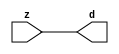

//------> ./rtl_mgc_ioport.v 
//------------------------------------------------------------------
//                M G C _ I O P O R T _ C O M P S
//------------------------------------------------------------------

//------------------------------------------------------------------
//                       M O D U L E S
//------------------------------------------------------------------

//------------------------------------------------------------------
//-- INPUT ENTITIES
//------------------------------------------------------------------

module mgc_in_wire (d, z);

  parameter integer rscid = 1;
  parameter integer width = 8;

  output [width-1:0] d;
  input  [width-1:0] z;

  wire   [width-1:0] d;

  assign d = z;

endmodule

//------------------------------------------------------------------

module mgc_in_wire_en (ld, d, lz, z);

  parameter integer rscid = 1;
  parameter integer width = 8;

  input              ld;
  output [width-1:0] d;
  output             lz;
  input  [width-1:0] z;

  wire   [width-1:0] d;
  wire               lz;

  assign d = z;
  assign lz = ld;

endmodule

//------------------------------------------------------------------

module mgc_in_wire_wait (ld, vd, d, lz, vz, z);

  parameter integer rscid = 1;
  parameter integer width = 8;

  input              ld;
  output             vd;
  output [width-1:0] d;
  output             lz;
  input              vz;
  input  [width-1:0] z;

  wire               vd;
  wire   [width-1:0] d;
  wire               lz;

  assign d = z;
  assign lz = ld;
  assign vd = vz;

endmodule
//------------------------------------------------------------------

module mgc_chan_in (ld, vd, d, lz, vz, z, size, req_size, sizez, sizelz);

  parameter integer rscid = 1;
  parameter integer width = 8;
  parameter integer sz_width = 8;

  input              ld;
  output             vd;
  output [width-1:0] d;
  output             lz;
  input              vz;
  input  [width-1:0] z;
  output [sz_width-1:0] size;
  input              req_size;
  input  [sz_width-1:0] sizez;
  output             sizelz;


  wire               vd;
  wire   [width-1:0] d;
  wire               lz;
  wire   [sz_width-1:0] size;
  wire               sizelz;

  assign d = z;
  assign lz = ld;
  assign vd = vz;
  assign size = sizez;
  assign sizelz = req_size;

endmodule


//------------------------------------------------------------------
//-- OUTPUT ENTITIES
//------------------------------------------------------------------

module mgc_out_stdreg (d, z);

  parameter integer rscid = 1;
  parameter integer width = 8;

  input    [width-1:0] d;
  output   [width-1:0] z;

  wire     [width-1:0] z;

  assign z = d;

endmodule

//------------------------------------------------------------------

module mgc_out_stdreg_en (ld, d, lz, z);

  parameter integer rscid = 1;
  parameter integer width = 8;

  input              ld;
  input  [width-1:0] d;
  output             lz;
  output [width-1:0] z;

  wire               lz;
  wire   [width-1:0] z;

  assign z = d;
  assign lz = ld;

endmodule

//------------------------------------------------------------------

module mgc_out_stdreg_wait (ld, vd, d, lz, vz, z);

  parameter integer rscid = 1;
  parameter integer width = 8;

  input              ld;
  output             vd;
  input  [width-1:0] d;
  output             lz;
  input              vz;
  output [width-1:0] z;

  wire               vd;
  wire               lz;
  wire   [width-1:0] z;

  assign z = d;
  assign lz = ld;
  assign vd = vz;

endmodule

//------------------------------------------------------------------

module mgc_out_prereg_en (ld, d, lz, z);

    parameter integer rscid = 1;
    parameter integer width = 8;

    input              ld;
    input  [width-1:0] d;
    output             lz;
    output [width-1:0] z;

    wire               lz;
    wire   [width-1:0] z;

    assign z = d;
    assign lz = ld;

endmodule

//------------------------------------------------------------------
//-- INOUT ENTITIES
//------------------------------------------------------------------

module mgc_inout_stdreg_en (ldin, din, ldout, dout, lzin, lzout, z);

    parameter integer rscid = 1;
    parameter integer width = 8;

    input              ldin;
    output [width-1:0] din;
    input              ldout;
    input  [width-1:0] dout;
    output             lzin;
    output             lzout;
    inout  [width-1:0] z;

    wire   [width-1:0] din;
    wire               lzin;
    wire               lzout;
    wire   [width-1:0] z;

    assign lzin = ldin;
    assign din = ldin ? z : {width{1'bz}};
    assign lzout = ldout;
    assign z = ldout ? dout : {width{1'bz}};

endmodule

//------------------------------------------------------------------
module hid_tribuf( I_SIG, ENABLE, O_SIG);
  parameter integer width = 8;

  input [width-1:0] I_SIG;
  input ENABLE;
  inout [width-1:0] O_SIG;

  assign O_SIG = (ENABLE) ? I_SIG : { width{1'bz}};

endmodule
//------------------------------------------------------------------

module mgc_inout_stdreg_wait (ldin, vdin, din, ldout, vdout, dout, lzin, vzin, lzout, vzout, z);

    parameter integer rscid = 1;
    parameter integer width = 8;

    input              ldin;
    output             vdin;
    output [width-1:0] din;
    input              ldout;
    output             vdout;
    input  [width-1:0] dout;
    output             lzin;
    input              vzin;
    output             lzout;
    input              vzout;
    inout  [width-1:0] z;

    wire               vdin;
    wire   [width-1:0] din;
    wire               vdout;
    wire               lzin;
    wire               lzout;
    wire   [width-1:0] z;
    wire   ldout_and_vzout;

    assign lzin = ldin;
    assign vdin = vzin;
    assign din = ldin ? z : {width{1'bz}};
    assign lzout = ldout;
    assign vdout = vzout ;
    assign ldout_and_vzout = ldout && vzout ;

    hid_tribuf #(width) tb( .I_SIG(dout),
                            .ENABLE(ldout_and_vzout),
                            .O_SIG(z) );

endmodule

//------------------------------------------------------------------

module mgc_inout_buf_wait (clk, en, arst, srst, ldin, vdin, din, ldout, vdout, dout, lzin, vzin, lzout, vzout, z);

    parameter integer rscid   = 0; // resource ID
    parameter integer width   = 8; // fifo width
    parameter         ph_clk  =  1'b1; // clock polarity 1=rising edge, 0=falling edge
    parameter         ph_en   =  1'b1; // clock enable polarity
    parameter         ph_arst =  1'b1; // async reset polarity
    parameter         ph_srst =  1'b1; // sync reset polarity

    input              clk;
    input              en;
    input              arst;
    input              srst;
    input              ldin;
    output             vdin;
    output [width-1:0] din;
    input              ldout;
    output             vdout;
    input  [width-1:0] dout;
    output             lzin;
    input              vzin;
    output             lzout;
    input              vzout;
    inout  [width-1:0] z;

    wire               lzout_buf;
    wire               vzout_buf;
    wire   [width-1:0] z_buf;
    wire               vdin;
    wire   [width-1:0] din;
    wire               vdout;
    wire               lzin;
    wire               lzout;
    wire   [width-1:0] z;

    assign lzin = ldin;
    assign vdin = vzin;
    assign din = ldin ? z : {width{1'bz}};
    assign lzout = lzout_buf & ~ldin;
    assign vzout_buf = vzout & ~ldin;
    hid_tribuf #(width) tb( .I_SIG(z_buf),
                            .ENABLE((lzout_buf && (!ldin) && vzout) ),
                            .O_SIG(z)  );

    mgc_out_buf_wait
    #(
        .rscid   (rscid),
        .width   (width),
        .ph_clk  (ph_clk),
        .ph_en   (ph_en),
        .ph_arst (ph_arst),
        .ph_srst (ph_srst)
    )
    BUFF
    (
        .clk     (clk),
        .en      (en),
        .arst    (arst),
        .srst    (srst),
        .ld      (ldout),
        .vd      (vdout),
        .d       (dout),
        .lz      (lzout_buf),
        .vz      (vzout_buf),
        .z       (z_buf)
    );


endmodule

module mgc_inout_fifo_wait (clk, en, arst, srst, ldin, vdin, din, ldout, vdout, dout, lzin, vzin, lzout, vzout, z);

    parameter integer rscid   = 0; // resource ID
    parameter integer width   = 8; // fifo width
    parameter integer fifo_sz = 8; // fifo depth
    parameter         ph_clk  = 1'b1;  // clock polarity 1=rising edge, 0=falling edge
    parameter         ph_en   = 1'b1;  // clock enable polarity
    parameter         ph_arst = 1'b1;  // async reset polarity
    parameter         ph_srst = 1'b1;  // sync reset polarity
    parameter integer ph_log2 = 3;     // log2(fifo_sz)
    parameter integer pwropt  = 0;     // pwropt

    input              clk;
    input              en;
    input              arst;
    input              srst;
    input              ldin;
    output             vdin;
    output [width-1:0] din;
    input              ldout;
    output             vdout;
    input  [width-1:0] dout;
    output             lzin;
    input              vzin;
    output             lzout;
    input              vzout;
    inout  [width-1:0] z;

    wire               lzout_buf;
    wire               vzout_buf;
    wire   [width-1:0] z_buf;
    wire               comb;
    wire               vdin;
    wire   [width-1:0] din;
    wire               vdout;
    wire               lzin;
    wire               lzout;
    wire   [width-1:0] z;

    assign lzin = ldin;
    assign vdin = vzin;
    assign din = ldin ? z : {width{1'bz}};
    assign lzout = lzout_buf & ~ldin;
    assign vzout_buf = vzout & ~ldin;
    assign comb = (lzout_buf && (!ldin) && vzout);

    hid_tribuf #(width) tb2( .I_SIG(z_buf), .ENABLE(comb), .O_SIG(z)  );

    mgc_out_fifo_wait
    #(
        .rscid   (rscid),
        .width   (width),
        .fifo_sz (fifo_sz),
        .ph_clk  (ph_clk),
        .ph_en   (ph_en),
        .ph_arst (ph_arst),
        .ph_srst (ph_srst),
        .ph_log2 (ph_log2),
        .pwropt  (pwropt)
    )
    FIFO
    (
        .clk   (clk),
        .en      (en),
        .arst    (arst),
        .srst    (srst),
        .ld      (ldout),
        .vd      (vdout),
        .d       (dout),
        .lz      (lzout_buf),
        .vz      (vzout_buf),
        .z       (z_buf)
    );

endmodule

//------------------------------------------------------------------
//-- I/O SYNCHRONIZATION ENTITIES
//------------------------------------------------------------------

module mgc_io_sync (ld, lz);

    input  ld;
    output lz;

    assign lz = ld;

endmodule

module mgc_bsync_rdy (rd, rz);

    parameter integer rscid   = 0; // resource ID
    parameter ready = 1;
    parameter valid = 0;

    input  rd;
    output rz;

    wire   rz;

    assign rz = rd;

endmodule

module mgc_bsync_vld (vd, vz);

    parameter integer rscid   = 0; // resource ID
    parameter ready = 0;
    parameter valid = 1;

    output vd;
    input  vz;

    wire   vd;

    assign vd = vz;

endmodule

module mgc_bsync_rv (rd, vd, rz, vz);

    parameter integer rscid   = 0; // resource ID
    parameter ready = 1;
    parameter valid = 1;

    input  rd;
    output vd;
    output rz;
    input  vz;

    wire   vd;
    wire   rz;

    assign rz = rd;
    assign vd = vz;

endmodule

//------------------------------------------------------------------

module mgc_sync (ldin, vdin, ldout, vdout);

  input  ldin;
  output vdin;
  input  ldout;
  output vdout;

  wire   vdin;
  wire   vdout;

  assign vdin = ldout;
  assign vdout = ldin;

endmodule

///////////////////////////////////////////////////////////////////////////////
// dummy function used to preserve funccalls for modulario
// it looks like a memory read to the caller
///////////////////////////////////////////////////////////////////////////////
module funccall_inout (d, ad, bd, z, az, bz);

  parameter integer ram_id = 1;
  parameter integer width = 8;
  parameter integer addr_width = 8;

  output [width-1:0]       d;
  input  [addr_width-1:0]  ad;
  input                    bd;
  input  [width-1:0]       z;
  output [addr_width-1:0]  az;
  output                   bz;

  wire   [width-1:0]       d;
  wire   [addr_width-1:0]  az;
  wire                     bz;

  assign d  = z;
  assign az = ad;
  assign bz = bd;

endmodule


///////////////////////////////////////////////////////////////////////////////
// inlinable modular io not otherwise found in mgc_ioport
///////////////////////////////////////////////////////////////////////////////

module modulario_en_in (vd, d, vz, z);

  parameter integer rscid = 1;
  parameter integer width = 8;

  output             vd;
  output [width-1:0] d;
  input              vz;
  input  [width-1:0] z;

  wire   [width-1:0] d;
  wire               vd;

  assign d = z;
  assign vd = vz;

endmodule

//------> ./rtl_mgc_ioport_v2001.v 
//------------------------------------------------------------------

module mgc_out_reg_pos (clk, en, arst, srst, ld, d, lz, z);

    parameter integer rscid   = 1;
    parameter integer width   = 8;
    parameter         ph_en   =  1'b1;
    parameter         ph_arst =  1'b1;
    parameter         ph_srst =  1'b1;

    input              clk;
    input              en;
    input              arst;
    input              srst;
    input              ld;
    input  [width-1:0] d;
    output             lz;
    output [width-1:0] z;

    reg                lz;
    reg    [width-1:0] z;

    generate
    if (ph_arst == 1'b0)
    begin: NEG_ARST
        always @(posedge clk or negedge arst)
        if (arst == 1'b0)
        begin: B1
            lz <= 1'b0;
            z  <= {width{1'b0}};
        end
        else if (srst == ph_srst)
        begin: B2
            lz <= 1'b0;
            z  <= {width{1'b0}};
        end
        else if (en == ph_en)
        begin: B3
            lz <= ld;
            z  <= (ld) ? d : z;
        end
    end
    else
    begin: POS_ARST
        always @(posedge clk or posedge arst)
        if (arst == 1'b1)
        begin: B1
            lz <= 1'b0;
            z  <= {width{1'b0}};
        end
        else if (srst == ph_srst)
        begin: B2
            lz <= 1'b0;
            z  <= {width{1'b0}};
        end
        else if (en == ph_en)
        begin: B3
            lz <= ld;
            z  <= (ld) ? d : z;
        end
    end
    endgenerate

endmodule

//------------------------------------------------------------------

module mgc_out_reg_neg (clk, en, arst, srst, ld, d, lz, z);

    parameter integer rscid   = 1;
    parameter integer width   = 8;
    parameter         ph_en   =  1'b1;
    parameter         ph_arst =  1'b1;
    parameter         ph_srst =  1'b1;

    input              clk;
    input              en;
    input              arst;
    input              srst;
    input              ld;
    input  [width-1:0] d;
    output             lz;
    output [width-1:0] z;

    reg                lz;
    reg    [width-1:0] z;

    generate
    if (ph_arst == 1'b0)
    begin: NEG_ARST
        always @(negedge clk or negedge arst)
        if (arst == 1'b0)
        begin: B1
            lz <= 1'b0;
            z  <= {width{1'b0}};
        end
        else if (srst == ph_srst)
        begin: B2
            lz <= 1'b0;
            z  <= {width{1'b0}};
        end
        else if (en == ph_en)
        begin: B3
            lz <= ld;
            z  <= (ld) ? d : z;
        end
    end
    else
    begin: POS_ARST
        always @(negedge clk or posedge arst)
        if (arst == 1'b1)
        begin: B1
            lz <= 1'b0;
            z  <= {width{1'b0}};
        end
        else if (srst == ph_srst)
        begin: B2
            lz <= 1'b0;
            z  <= {width{1'b0}};
        end
        else if (en == ph_en)
        begin: B3
            lz <= ld;
            z  <= (ld) ? d : z;
        end
    end
    endgenerate

endmodule

//------------------------------------------------------------------

module mgc_out_reg (clk, en, arst, srst, ld, d, lz, z); // Not Supported

    parameter integer rscid   = 1;
    parameter integer width   = 8;
    parameter         ph_clk  =  1'b1;
    parameter         ph_en   =  1'b1;
    parameter         ph_arst =  1'b1;
    parameter         ph_srst =  1'b1;

    input              clk;
    input              en;
    input              arst;
    input              srst;
    input              ld;
    input  [width-1:0] d;
    output             lz;
    output [width-1:0] z;


    generate
    if (ph_clk == 1'b0)
    begin: NEG_EDGE

        mgc_out_reg_neg
        #(
            .rscid   (rscid),
            .width   (width),
            .ph_en   (ph_en),
            .ph_arst (ph_arst),
            .ph_srst (ph_srst)
        )
        mgc_out_reg_neg_inst
        (
            .clk     (clk),
            .en      (en),
            .arst    (arst),
            .srst    (srst),
            .ld      (ld),
            .d       (d),
            .lz      (lz),
            .z       (z)
        );

    end
    else
    begin: POS_EDGE

        mgc_out_reg_pos
        #(
            .rscid   (rscid),
            .width   (width),
            .ph_en   (ph_en),
            .ph_arst (ph_arst),
            .ph_srst (ph_srst)
        )
        mgc_out_reg_pos_inst
        (
            .clk     (clk),
            .en      (en),
            .arst    (arst),
            .srst    (srst),
            .ld      (ld),
            .d       (d),
            .lz      (lz),
            .z       (z)
        );

    end
    endgenerate

endmodule




//------------------------------------------------------------------

module mgc_out_buf_wait (clk, en, arst, srst, ld, vd, d, vz, lz, z); // Not supported

    parameter integer rscid   = 1;
    parameter integer width   = 8;
    parameter         ph_clk  =  1'b1;
    parameter         ph_en   =  1'b1;
    parameter         ph_arst =  1'b1;
    parameter         ph_srst =  1'b1;

    input              clk;
    input              en;
    input              arst;
    input              srst;
    input              ld;
    output             vd;
    input  [width-1:0] d;
    output             lz;
    input              vz;
    output [width-1:0] z;

    wire               filled;
    wire               filled_next;
    wire   [width-1:0] abuf;
    wire               lbuf;


    assign filled_next = (filled & (~vz)) | (filled & ld) | (ld & (~vz));

    assign lbuf = ld & ~(filled ^ vz);

    assign vd = vz | ~filled;

    assign lz = ld | filled;

    assign z = (filled) ? abuf : d;

    wire dummy;
    wire dummy_bufreg_lz;

    // Output registers:
    mgc_out_reg
    #(
        .rscid   (rscid),
        .width   (1'b1),
        .ph_clk  (ph_clk),
        .ph_en   (ph_en),
        .ph_arst (ph_arst),
        .ph_srst (ph_srst)
    )
    STATREG
    (
        .clk     (clk),
        .en      (en),
        .arst    (arst),
        .srst    (srst),
        .ld      (filled_next),
        .d       (1'b0),       // input d is unused
        .lz      (filled),
        .z       (dummy)            // output z is unused
    );

    mgc_out_reg
    #(
        .rscid   (rscid),
        .width   (width),
        .ph_clk  (ph_clk),
        .ph_en   (ph_en),
        .ph_arst (ph_arst),
        .ph_srst (ph_srst)
    )
    BUFREG
    (
        .clk     (clk),
        .en      (en),
        .arst    (arst),
        .srst    (srst),
        .ld      (lbuf),
        .d       (d),
        .lz      (dummy_bufreg_lz),
        .z       (abuf)
    );

endmodule

//------------------------------------------------------------------

module mgc_out_fifo_wait (clk, en, arst, srst, ld, vd, d, lz, vz,  z);

    parameter integer rscid   = 0; // resource ID
    parameter integer width   = 8; // fifo width
    parameter integer fifo_sz = 8; // fifo depth
    parameter         ph_clk  = 1'b1; // clock polarity 1=rising edge, 0=falling edge
    parameter         ph_en   = 1'b1; // clock enable polarity
    parameter         ph_arst = 1'b1; // async reset polarity
    parameter         ph_srst = 1'b1; // sync reset polarity
    parameter integer ph_log2 = 3; // log2(fifo_sz)
    parameter integer pwropt  = 0; // pwropt


    input                 clk;
    input                 en;
    input                 arst;
    input                 srst;
    input                 ld;    // load data
    output                vd;    // fifo full active low
    input     [width-1:0] d;
    output                lz;    // fifo ready to send
    input                 vz;    // dest ready for data
    output    [width-1:0] z;

    wire    [31:0]      size;


      // Output registers:
 mgc_out_fifo_wait_core#(
        .rscid   (rscid),
        .width   (width),
        .sz_width (32),
        .fifo_sz (fifo_sz),
        .ph_clk  (ph_clk),
        .ph_en   (ph_en),
        .ph_arst (ph_arst),
        .ph_srst (ph_srst),
        .ph_log2 (ph_log2),
        .pwropt  (pwropt)
        ) CORE (
        .clk (clk),
        .en (en),
        .arst (arst),
        .srst (srst),
        .ld (ld),
        .vd (vd),
        .d (d),
        .lz (lz),
        .vz (vz),
        .z (z),
        .size (size)
        );

endmodule



module mgc_out_fifo_wait_core (clk, en, arst, srst, ld, vd, d, lz, vz,  z, size);

    parameter integer rscid   = 0; // resource ID
    parameter integer width   = 8; // fifo width
    parameter integer sz_width = 8; // size of port for elements in fifo
    parameter integer fifo_sz = 8; // fifo depth
    parameter         ph_clk  =  1'b1; // clock polarity 1=rising edge, 0=falling edge
    parameter         ph_en   =  1'b1; // clock enable polarity
    parameter         ph_arst =  1'b1; // async reset polarity
    parameter         ph_srst =  1'b1; // sync reset polarity
    parameter integer ph_log2 = 3; // log2(fifo_sz)
    parameter integer pwropt  = 0; // pwropt

   localparam integer  fifo_b = width * fifo_sz;

    input                 clk;
    input                 en;
    input                 arst;
    input                 srst;
    input                 ld;    // load data
    output                vd;    // fifo full active low
    input     [width-1:0] d;
    output                lz;    // fifo ready to send
    input                 vz;    // dest ready for data
    output    [width-1:0] z;
    output    [sz_width-1:0]      size;

    reg      [( (fifo_sz > 0) ? fifo_sz : 1)-1:0] stat_pre;
    wire     [( (fifo_sz > 0) ? fifo_sz : 1)-1:0] stat;
    reg      [( (fifo_b > 0) ? fifo_b : 1)-1:0] buff_pre;
    wire     [( (fifo_b > 0) ? fifo_b : 1)-1:0] buff;
    reg      [( (fifo_sz > 0) ? fifo_sz : 1)-1:0] en_l;
    reg      [(((fifo_sz > 0) ? fifo_sz : 1)-1)/8:0] en_l_s;

    reg       [width-1:0] buff_nxt;

    reg                   stat_nxt;
    reg                   stat_before;
    reg                   stat_after;
    reg                   en_l_var;

    integer               i;
    genvar                eni;

    wire [32:0]           size_t;
    reg [31:0]            count;
    reg [31:0]            count_t;
    reg [32:0]            n_elem;
// pragma translate_off
    reg [31:0]            peak;
// pragma translate_on

    wire [( (fifo_sz > 0) ? fifo_sz : 1)-1:0] dummy_statreg_lz;
    wire [( (fifo_b > 0) ? fifo_b : 1)-1:0] dummy_bufreg_lz;

    generate
    if ( fifo_sz > 0 )
    begin: FIFO_REG
      assign vd = vz | ~stat[0];
      assign lz = ld | stat[fifo_sz-1];
      assign size_t = (count - (vz && stat[fifo_sz-1])) + ld;
      assign size = size_t[sz_width-1:0];
      assign z = (stat[fifo_sz-1]) ? buff[fifo_b-1:width*(fifo_sz-1)] : d;

      always @(*)
      begin: FIFOPROC
        n_elem = 33'b0;
        for (i = fifo_sz-1; i >= 0; i = i - 1)
        begin
          if (i != 0)
            stat_before = stat[i-1];
          else
            stat_before = 1'b0;

          if (i != (fifo_sz-1))
            stat_after = stat[i+1];
          else
            stat_after = 1'b1;

          stat_nxt = stat_after &
                    (stat_before | (stat[i] & (~vz)) | (stat[i] & ld) | (ld & (~vz)));

          stat_pre[i] = stat_nxt;
          en_l_var = 1'b1;
          if (!stat_nxt)
            begin
              buff_nxt = {width{1'b0}};
              en_l_var = 1'b0;
            end
          else if (vz && stat_before)
            buff_nxt[0+:width] = buff[width*(i-1)+:width];
          else if (ld && !((vz && stat_before) || ((!vz) && stat[i])))
            buff_nxt = d;
          else
            begin
              if (pwropt == 0)
                buff_nxt[0+:width] = buff[width*i+:width];
              else
                buff_nxt = {width{1'b0}};
              en_l_var = 1'b0;
            end

          if (ph_en != 0)
            en_l[i] = en & en_l_var;
          else
            en_l[i] = en | ~en_l_var;

          buff_pre[width*i+:width] = buff_nxt[0+:width];

          if ((stat_after == 1'b1) && (stat[i] == 1'b0))
            n_elem = ($unsigned(fifo_sz) - 1) - i;
        end

        if (ph_en != 0)
          en_l_s[(((fifo_sz > 0) ? fifo_sz : 1)-1)/8] = 1'b1;
        else
          en_l_s[(((fifo_sz > 0) ? fifo_sz : 1)-1)/8] = 1'b0;

        for (i = fifo_sz-1; i >= 7; i = i - 1)
        begin
          if ((i%'d2) == 0)
          begin
            if (ph_en != 0)
              en_l_s[(i/8)-1] = en & (stat[i]|stat_pre[i-1]);
            else
              en_l_s[(i/8)-1] = en | ~(stat[i]|stat_pre[i-1]);
          end
        end

        if ( stat[fifo_sz-1] == 1'b0 )
          count_t = 32'b0;
        else if ( stat[0] == 1'b1 )
          count_t = { {(32-ph_log2){1'b0}}, fifo_sz};
        else
          count_t = n_elem[31:0];
        count = count_t;
// pragma translate_off
        if ( peak < count )
          peak = count;
// pragma translate_on
      end

      if (pwropt == 0)
      begin: NOCGFIFO
        // Output registers:
        mgc_out_reg
        #(
            .rscid   (rscid),
            .width   (fifo_sz),
            .ph_clk  (ph_clk),
            .ph_en   (ph_en),
            .ph_arst (ph_arst),
            .ph_srst (ph_srst)
        )
        STATREG
        (
            .clk     (clk),
            .en      (en),
            .arst    (arst),
            .srst    (srst),
            .ld      (1'b1),
            .d       (stat_pre),
            .lz      (dummy_statreg_lz[0]),
            .z       (stat)
        );
        mgc_out_reg
        #(
            .rscid   (rscid),
            .width   (fifo_b),
            .ph_clk  (ph_clk),
            .ph_en   (ph_en),
            .ph_arst (ph_arst),
            .ph_srst (ph_srst)
        )
        BUFREG
        (
            .clk     (clk),
            .en      (en),
            .arst    (arst),
            .srst    (srst),
            .ld      (1'b1),
            .d       (buff_pre),
            .lz      (dummy_bufreg_lz[0]),
            .z       (buff)
        );
      end
      else
      begin: CGFIFO
        // Output registers:
        if ( pwropt > 1)
        begin: CGSTATFIFO2
          for (eni = fifo_sz-1; eni >= 0; eni = eni - 1)
          begin: pwroptGEN1
            mgc_out_reg
            #(
              .rscid   (rscid),
              .width   (1),
              .ph_clk  (ph_clk),
              .ph_en   (ph_en),
              .ph_arst (ph_arst),
              .ph_srst (ph_srst)
            )
            STATREG
            (
              .clk     (clk),
              .en      (en_l_s[eni/8]),
              .arst    (arst),
              .srst    (srst),
              .ld      (1'b1),
              .d       (stat_pre[eni]),
              .lz      (dummy_statreg_lz[eni]),
              .z       (stat[eni])
            );
          end
        end
        else
        begin: CGSTATFIFO
          mgc_out_reg
          #(
            .rscid   (rscid),
            .width   (fifo_sz),
            .ph_clk  (ph_clk),
            .ph_en   (ph_en),
            .ph_arst (ph_arst),
            .ph_srst (ph_srst)
          )
          STATREG
          (
            .clk     (clk),
            .en      (en),
            .arst    (arst),
            .srst    (srst),
            .ld      (1'b1),
            .d       (stat_pre),
            .lz      (dummy_statreg_lz[0]),
            .z       (stat)
          );
        end
        for (eni = fifo_sz-1; eni >= 0; eni = eni - 1)
        begin: pwroptGEN2
          mgc_out_reg
          #(
            .rscid   (rscid),
            .width   (width),
            .ph_clk  (ph_clk),
            .ph_en   (ph_en),
            .ph_arst (ph_arst),
            .ph_srst (ph_srst)
          )
          BUFREG
          (
            .clk     (clk),
            .en      (en_l[eni]),
            .arst    (arst),
            .srst    (srst),
            .ld      (1'b1),
            .d       (buff_pre[width*eni+:width]),
            .lz      (dummy_bufreg_lz[eni]),
            .z       (buff[width*eni+:width])
          );
        end
      end
    end
    else
    begin: FEED_THRU
      assign vd = vz;
      assign lz = ld;
      assign z = d;
      assign size = ld && !vz;
    end
    endgenerate

endmodule

//------------------------------------------------------------------
//-- PIPE ENTITIES
//------------------------------------------------------------------
/*
 *
 *             _______________________________________________
 * WRITER    |                                               |          READER
 *           |           MGC_PIPE                            |
 *           |           __________________________          |
 *        --<| vdout  --<| vd ---------------  vz<|-----ldin<|---
 *           |           |      FIFO              |          |
 *        ---|>ldout  ---|>ld ---------------- lz |> ---vdin |>--
 *        ---|>dout -----|>d  ---------------- dz |> ----din |>--
 *           |           |________________________|          |
 *           |_______________________________________________|
 */
// two clock pipe
module mgc_pipe (clk, en, arst, srst, ldin, vdin, din, ldout, vdout, dout, size, req_size);

    parameter integer rscid   = 0; // resource ID
    parameter integer width   = 8; // fifo width
    parameter integer sz_width = 8; // width of size of elements in fifo
    parameter integer fifo_sz = 8; // fifo depth
    parameter integer log2_sz = 3; // log2(fifo_sz)
    parameter         ph_clk  = 1'b1;  // clock polarity 1=rising edge, 0=falling edge
    parameter         ph_en   = 1'b1;  // clock enable polarity
    parameter         ph_arst = 1'b1;  // async reset polarity
    parameter         ph_srst = 1'b1;  // sync reset polarity
    parameter integer pwropt  = 0; // pwropt

    input              clk;
    input              en;
    input              arst;
    input              srst;
    input              ldin;
    output             vdin;
    output [width-1:0] din;
    input              ldout;
    output             vdout;
    input  [width-1:0] dout;
    output [sz_width-1:0]      size;
    input              req_size;


    mgc_out_fifo_wait_core
    #(
        .rscid    (rscid),
        .width    (width),
        .sz_width (sz_width),
        .fifo_sz  (fifo_sz),
        .ph_clk   (ph_clk),
        .ph_en    (ph_en),
        .ph_arst  (ph_arst),
        .ph_srst  (ph_srst),
        .ph_log2  (log2_sz),
        .pwropt   (pwropt)
    )
    FIFO
    (
        .clk     (clk),
        .en      (en),
        .arst    (arst),
        .srst    (srst),
        .ld      (ldout),
        .vd      (vdout),
        .d       (dout),
        .lz      (vdin),
        .vz      (ldin),
        .z       (din),
        .size    (size)
    );

endmodule


//------> ./rtl.v 
// ----------------------------------------------------------------------
//  HLS HDL:        Verilog Netlister
//  HLS Version:    2011a.126 Production Release
//  HLS Date:       Wed Aug  8 00:52:07 PDT 2012
// 
//  Generated by:   nn1114@EEWS104A-019
//  Generated date: Tue Mar 24 14:59:35 2015
// ----------------------------------------------------------------------

// 
// ------------------------------------------------------------------
//  Design Unit:    black_white
//  Generated from file(s):
//   15) $PROJECT_HOME/black_white.cpp
// ------------------------------------------------------------------


module black_white (
  output_rsc_z, clk, en, arst_n
);
  output [29:0] output_rsc_z;
  input clk;
  input en;
  input arst_n;



  // Interconnect Declarations for Component Instantiations 
  mgc_out_stdreg #(.rscid(4),
  .width(30)) output_rsc_mgc_out_stdreg (
      .d(30'b100000000010000000001),
      .z(output_rsc_z)
    );
endmodule